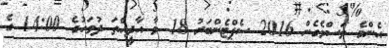
އެންމެ ލަސްވެގެން 2016 ސެޕްޓެންބަރު 18 ވާ އާދީއްތަ ދުވަހުގެ 14:00 ގެ